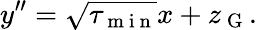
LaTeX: y^{\prime\prime}=\sqrt{\tau_{\mathrm{~m~i~n~}}}x+z_{\mathrm{~G~}}.